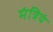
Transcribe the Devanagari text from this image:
मंत्रियं